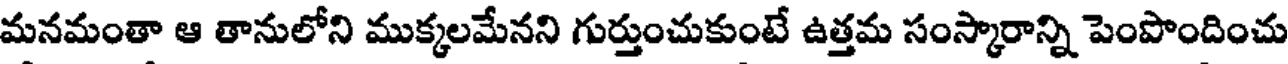
మనమంతా ఆ తానులోని ముక్కలమేనని గుర్తుంచుకుంటే ఉత్తమ సంస్కారాన్ని పెంపొందించు